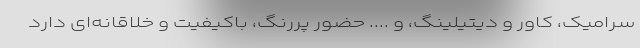
سرامیک، کاور و دیتیلینگ، و .... حضور پررنگ، باکیفیت و خلاقانه‌ای دارد